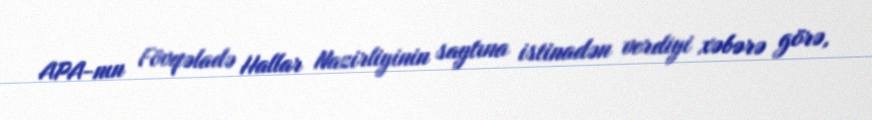
APA-nın Fövqəladə Hallar Nazirliyinin saytına istinadən verdiyi xəbərə görə,